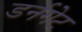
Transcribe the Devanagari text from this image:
डर्नगेट